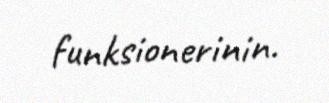
funksionerinin.